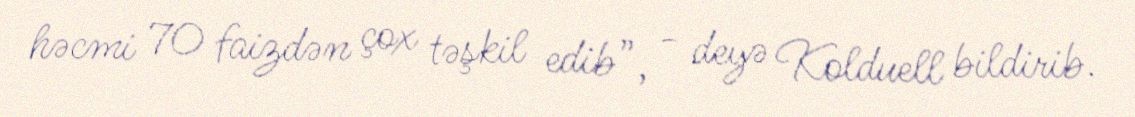
həcmi 70 faizdən çox təşkil edib”, - deyə Kolduell bildirib.